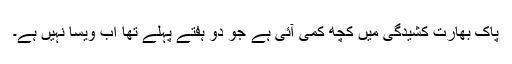
پاک بھارت کشیدگی میں کچھ کمی آئی ہے جو دو ہفتے پہلے تھا اب ویسا نہیں ہے۔